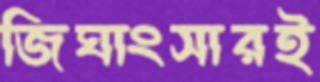
জিঘাংসারই